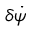
\delta \dot { \psi }